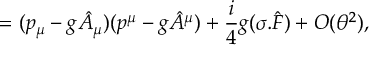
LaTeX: = ( p _ { \mu } - g \hat { A } _ { \mu } ) ( p ^ { \mu } - g \hat { A } ^ { \mu } ) + { \frac { i } { 4 } } g ( \sigma . \hat { F } ) + O ( \theta ^ { 2 } ) ,